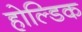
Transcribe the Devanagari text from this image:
होल्डिक